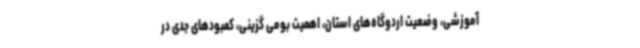
آموزشی، وضعیت اردوگاه‌های استان، اهمیت بومی گزینی، کمبودهای جدی در